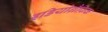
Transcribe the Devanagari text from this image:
इडियोग्रैफ़िक